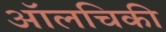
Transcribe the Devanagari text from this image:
ऑलचिकी